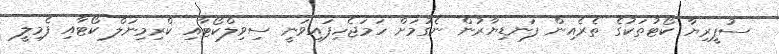
ސުޕީރިޔާ ކޯޓުތަކުގެ ތެރެއިން ފަނޑިޔާރުން ނެގުމަށް ހަމަޖެހިފައިވަނީ ސިވިލްކޯޓާއި ކްރިމިނަލް ކޯޓާއި ފެމިލީ